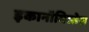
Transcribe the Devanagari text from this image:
इकानॉमिस्तेस